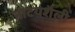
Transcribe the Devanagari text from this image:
नाटयशैली